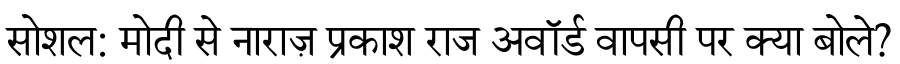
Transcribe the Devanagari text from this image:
सोशल: मोदी से नाराज़ प्रकाश राज अवॉर्ड वापसी पर क्या बोले?